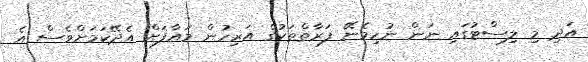
އަދި މި ލިސްޓުގައި ނަން ނުހިމެނޭ ފަރާތްތަކުގެ އަރިހުން މައާފަށް އެދޭކަމަށްވެސް އެ